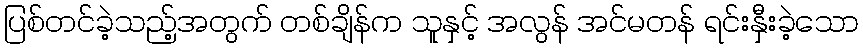
ပြစ်တင်ခဲ့သည့်အတွက် တစ်ချိန်က သူနှင့် အလွန် အင်မတန် ရင်းနှီးခဲ့သော